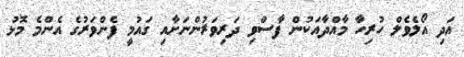
އަދި އޯލެވެލް ހުރިހާ މާއްދާއަކުން ފާސްވި ދަރިވަރުންނަށާއި ގައުމީ ފެންވަރުގެ އެންމެ މޮޅު